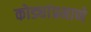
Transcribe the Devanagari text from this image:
कोड्यांप्रमाणे